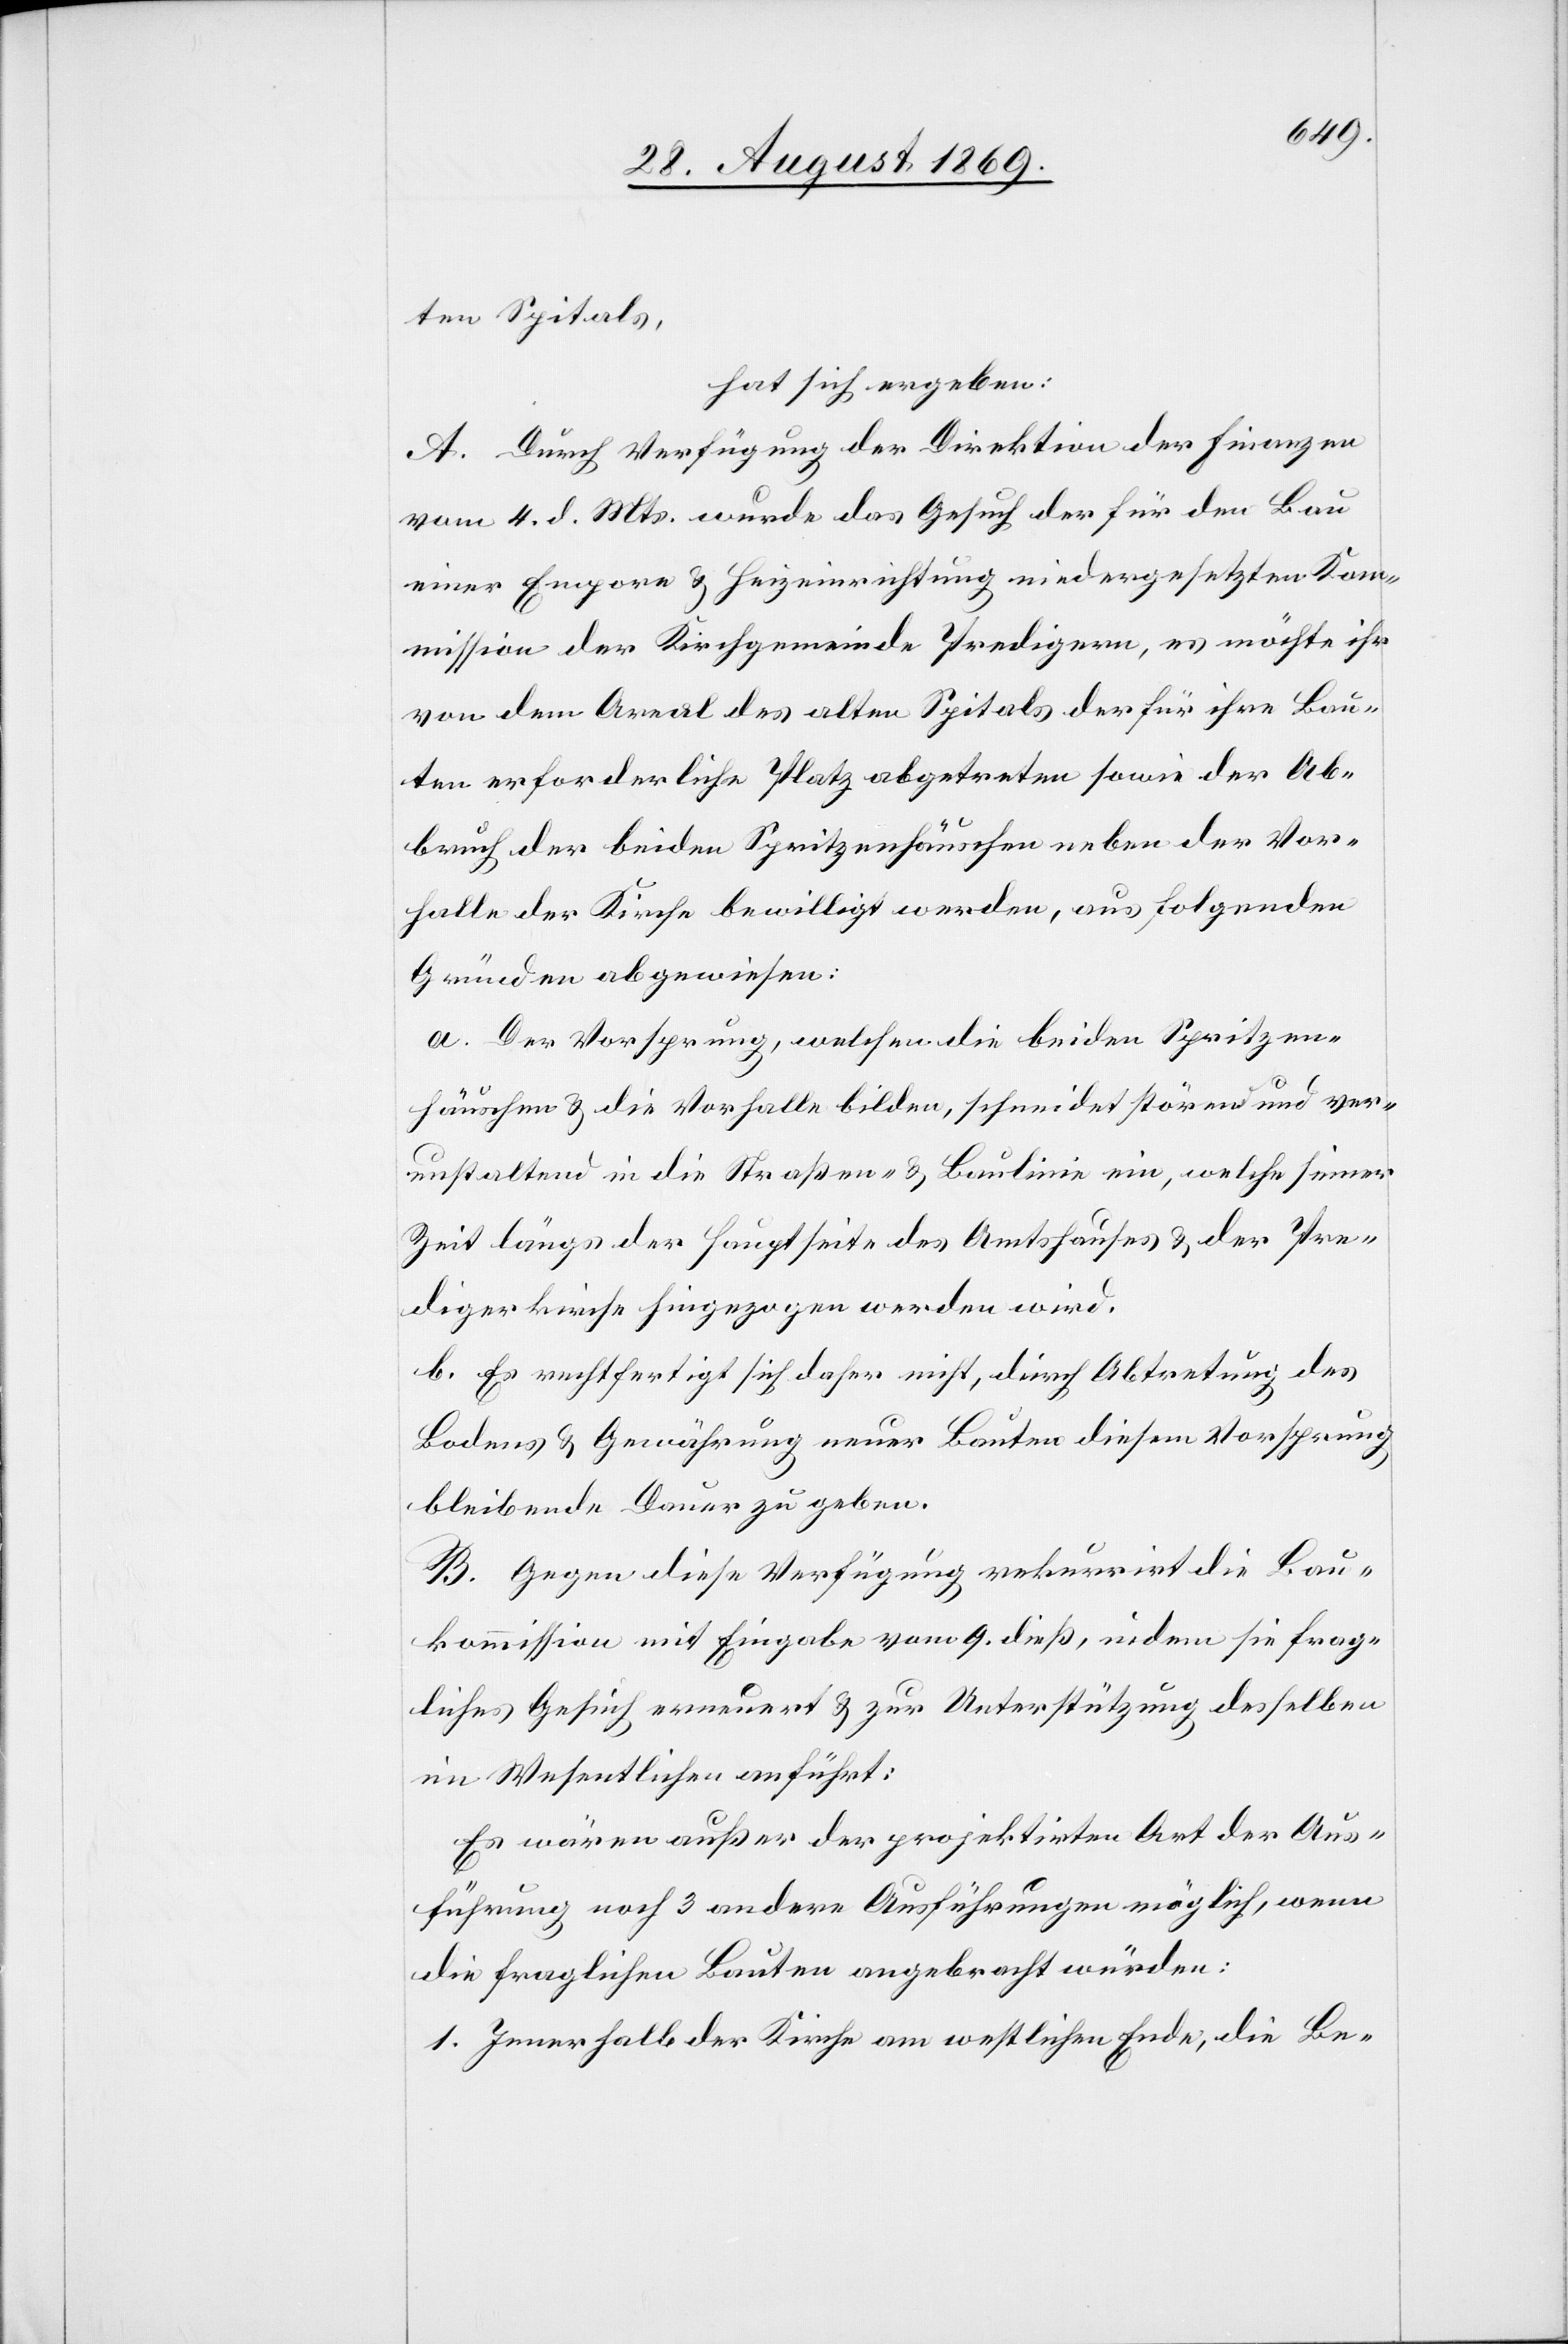
ten Spitals,
hat sich ergeben:
A. Durch Verfügung der Direktion der Finanzen
vom 4. d. Mts. wurde das Gesuch der für den Bau
einer Empore & Heizeinrichtung niedergesetzten Kom¬
mission der Kirchgemeinde Predigern, es möchte ihr
von dem Areal des alten Spitals der für ihre Bau¬
ten erforderliche Platz abgetreten sowie der Ab¬
bruch der beiden Spritzenhäuschen neben der Vor¬
halle der Kirche bewilligt werden, aus folgenden
Gründen abgewiesen:
a. Der Vorsprung, welchen die beiden Spritzen¬
häuschen & die Vorhalle bilden, schneidet störend und ver¬
unstaltend in die Straßen- & Baulinie ein, welche seiner
Zeit längs der Hauptseite des Amtshauses & der Pre¬
digerkirche hingezogen werden wird.
b. Es rechtfertigt sich daher nicht, durch Abtretung des
Bodens & Gewährung neuer Bauten diesem Vorsprung
bleibende Dauer zu geben.
B. Gegen diese Verfügung rekurrirt die Bau¬
kommission mit Eingabe vom 9. dieß, indem sie frag¬
liches Gesuch erneuert & zur Unterstützung desselben
im Wesentlichen anführt:
Es wären außer der projektirten Art der Aus¬
führung noch 3 andere Ausführungen möglich, wenn
die fraglichen Bauten angebracht würden:
1. Innerhalb der Kirche am westlichen Ende, die Be-